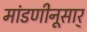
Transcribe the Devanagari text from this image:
मांडणीनूसार्